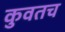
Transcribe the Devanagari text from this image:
कुवतच